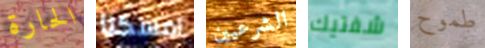
الحارة امسكنا الشرعيين شفتيك طموح